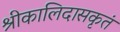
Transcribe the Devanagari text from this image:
श्रीकालिदासकृतं